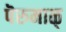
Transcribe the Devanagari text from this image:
पॆरुमाळ्